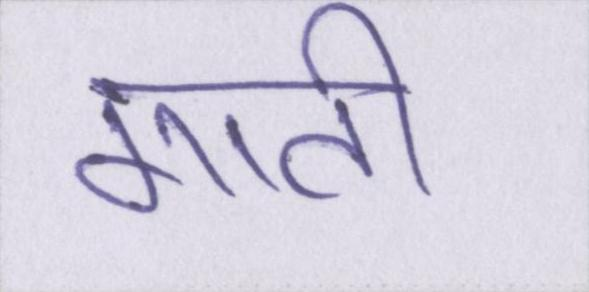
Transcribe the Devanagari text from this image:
गाती